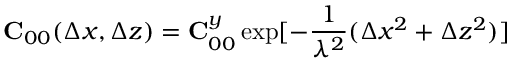
{ \bf C } _ { 0 0 } ( \Delta x , \Delta z ) = { \bf C } _ { 0 0 } ^ { y } \exp [ - \frac { 1 } { \lambda ^ { 2 } } ( \Delta x ^ { 2 } + \Delta z ^ { 2 } ) ]